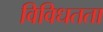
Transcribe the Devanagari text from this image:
विविधतता